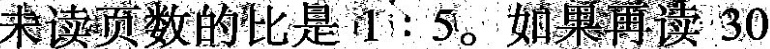
未读页数的比是1:5。如果再读30